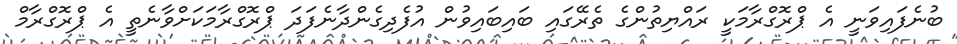
ބުނެފައިވަނީ އެ ޕްރޮގްރާމަކީ ރައްޔިތުންގެ ތެރޭގައި ބައިބައިވުން އުފެދިގެންދާނެފަދަ ޕްރޮގްރާމަކަށްވާނެތީ އެ ޕްރޮގްރާމް